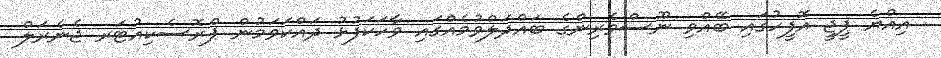
އިއްޔެ ޕީޖީ އޮފީހުގައި ބޭއްވި ނޫސްވެރިންގެ ބައްދަލްވުމެއްގައި ވާހަކަފުޅު ދައްކަވަމުން ޕްރޮސެކިއުޓަރ ޖެނެރަލް